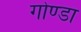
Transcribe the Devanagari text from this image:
गोण्‍डा